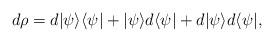
LaTeX: \begin{align*}d\rho &= d|\psi\rangle \langle \psi| + |\psi\rangle d\langle \psi| + d|\psi\rangle d\langle \psi|,\end{align*}